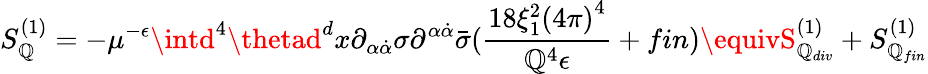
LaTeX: S_{\mathbb{Q}}^{(1)}=-\mu^{-\epsilon}\intd^{4}\thetad^{d}x\partial_{\alpha\dot{{\alpha}}}\sigma\partial^{\alpha\dot{{\alpha}}}\bar{{\sigma}}(\frac{{18\xi_{1}^{2}{(4\pi)}^{4}}}{{\mathbb{Q}^{4}\epsilon}}+fin)\equivS_{\mathbb{Q}_{div}}^{(1)}+S_{\mathbb{Q}_{fin}}^{(1)}